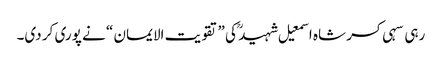
رہی سہی کسر شاہ اسمعیل شہید ؒ کی ”تقویت الایمان “ نے پوری کر دی۔